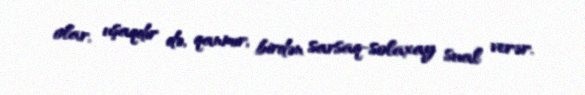
olar, uşaqdır də, qanmır, birdən sarsaq-solaxay sual verər.